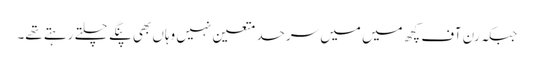
جبکہ رن آف کچھ میں میں سرحد متعین نہیں وہاں بھی پنگے چلتے رہتے تھے۔